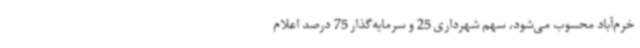
خرم‌آباد محسوب می‌شود، سهم شهرداری 25 و سرمایه‌گذار 75 درصد اعلام